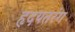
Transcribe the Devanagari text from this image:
हृदयतरंग